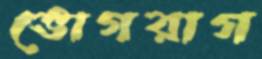
ভোগরাগ